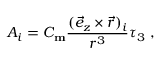
A _ { i } = C _ { \mathrm { \bf m } } \frac { ( \vec { e } _ { z } \times \vec { r } ) _ { i } } { r ^ { 3 } } \tau _ { 3 } \ ,